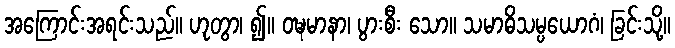
အကြောင်းအရင်းသည်။ ဟုတွာ၊ ၍။ ဝဍ္ဎမာနာ၊ ပွားစီး သော။ သမာဓိသမ္ပယောဂံ၊ ခြင်းသို့။